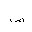
Letter: _sad